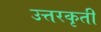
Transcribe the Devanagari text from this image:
उत्तरकृती